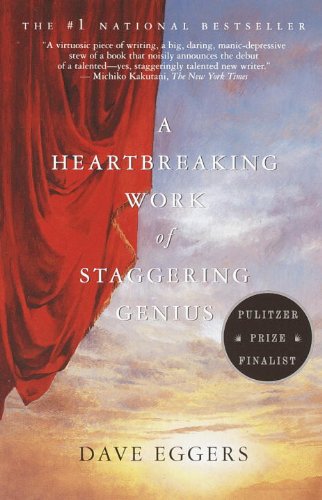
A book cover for A Heartbreaking Work of Staggering Genius; Dave Eggers; Biographies & Memoirs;